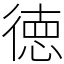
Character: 徳